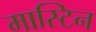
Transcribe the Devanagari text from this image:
मास्टिन